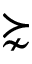
\succnsim